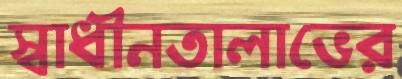
স্বাধীনতালাভের